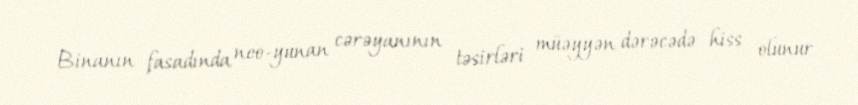
Binanın fasadında neo-yunan cərəyanının təsirləri müəyyən dərəcədə hiss olunur